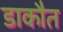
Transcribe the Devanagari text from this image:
डाकौत